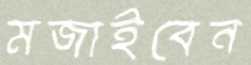
মজাইবেন